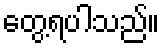
တွေ့ရပါသည်။